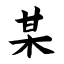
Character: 某